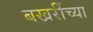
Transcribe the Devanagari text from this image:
बखरींच्या